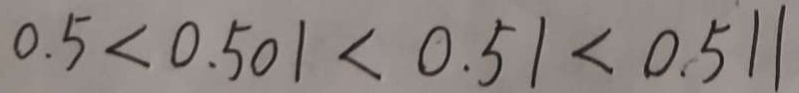
0 . 5 < 0 . 5 0 1 < 0 . 5 1 < 0 . 5 1 1